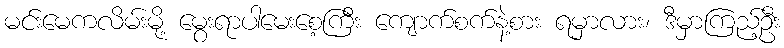
မင်းမေကလိမ်းမို့ မွေးရာပါမေးစေ့ကြီး ကျောက်စက်နဲ့စား ရမှာလား၊ ဒီမှာကြည့်ဦး